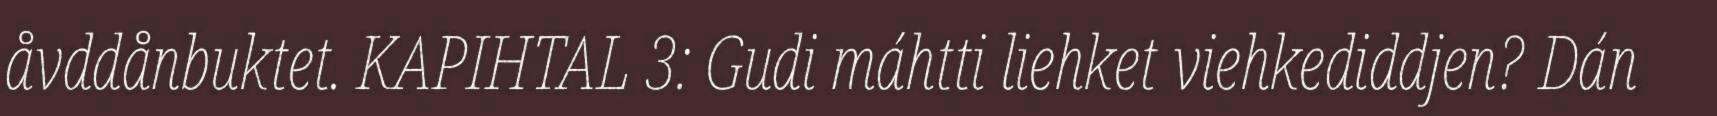
åvddånbuktet. KAPIHTAL 3: Gudi máhtti liehket viehkediddjen? Dán